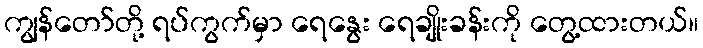
ကျွန်တော်တို့ ရပ်ကွက်မှာ ရေနွေး ရေချိုးခန်းကို တွေ့ထားတယ်။